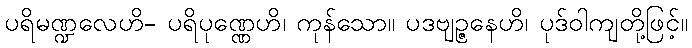
ပရိမဏ္ဍလေဟိ- ပရိပုဏ္ဏေဟိ၊ ကုန်သော။ ပဒဗျဉ္ဇနေဟိ၊ ပုဒ်ဝါကျတို့ဖြင့်။